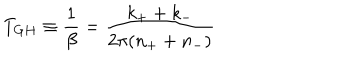
T _ { G H } \equiv \frac { 1 } { \beta } = \frac { k _ { + } + k _ { - } } { 2 \pi ( n _ { + } + n _ { - } ) }